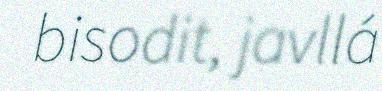
bisodit, javllá